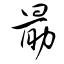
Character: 勗